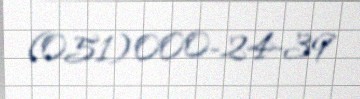
(051) 000-24-39